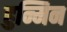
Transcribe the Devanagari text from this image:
हुन्मिन